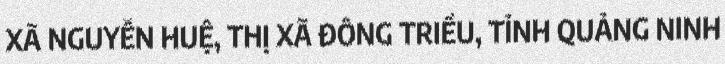
XÃ NGUYỄN HUỆ, THỊ XÃ ĐÔNG TRIỀU, TỈNH QUẢNG NINH